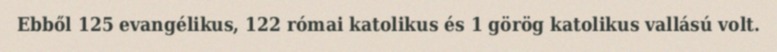
Ebből 125 evangélikus, 122 római katolikus és 1 görög katolikus vallású volt.